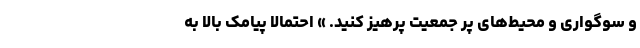
و سوگواری و محیط‌های پر جمعیت پرهیز کنید. » احتمالا پیامک بالا به